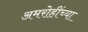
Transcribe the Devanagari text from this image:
अमरोहींच्या